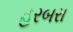
હરબરા